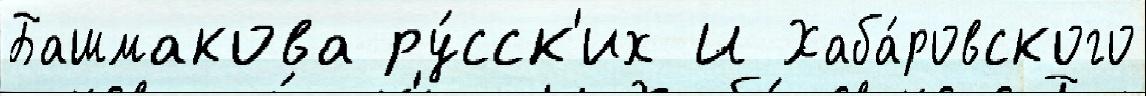
Башмакова ру́сск'их И Хаба́ровского